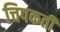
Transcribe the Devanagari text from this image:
चिपकती